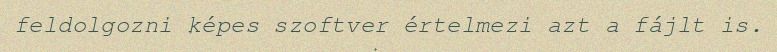
feldolgozni képes szoftver értelmezi azt a fájlt is.